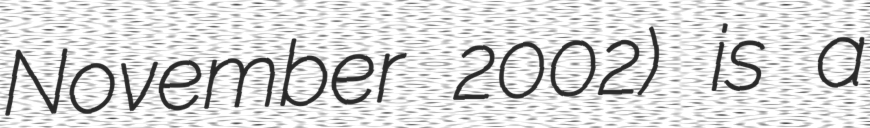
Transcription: November 2002) is a